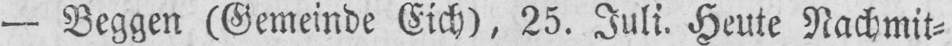
- Beggen (Gemeinde Eich), 25. Juli. Heute Nachmit⸗